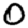
Digit: 0